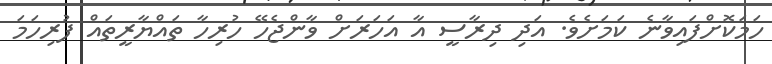
ހަމަކޮށްފައިވާނެ ކަމަށެވެ. އަދި ދިރާސީ އާ އަހަރަށް ވާންޖެހޭ ހުރިހާ ތައްޔާރީތަައް ފުރިހަމަ